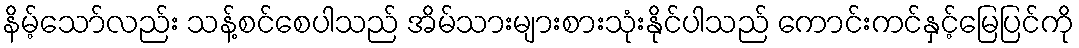
နိမ့်သော်လည်း သန့်စင်စေပါသည် အိမ်သားများစားသုံးနိုင်ပါသည် ကောင်းကင်နှင့်မြေပြင်ကို